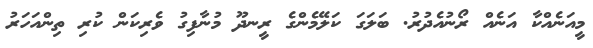
މީއަނެއްކާ އަނެއް ރޯނުއެދުރު. ބަލަގަ ކަލޭމެންގެ ރީނދޫ މުނާފިގު ވެރިކަން ކުރި ތިންއަހަރު